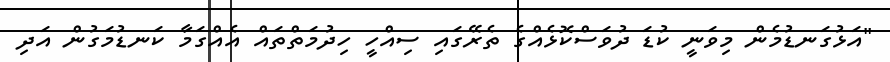
"އަޅުގަނޑުމެން މިވަނީ ކުޑަ ދުވަސްކޮޅެއްގެ ތެރޭގައި ސިއްހީ ހިދުމަތްތައް އެއްގަމާ ކަނޑުމަގުން އަދި